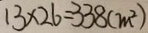
1 3 \times 2 6 = 3 3 8 ( m ^ { 2 } )